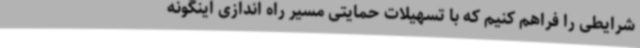
شرایطی را فراهم کنیم که با تسهیلات حمایتی مسیر راه اندازی اینگونه